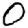
Digit: 0